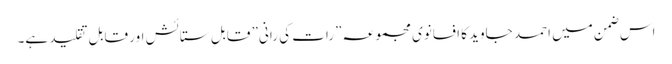
اس ضمن میں احمد جاوید کا افسانوی مجموعہ ”رات کی رانی” قابلِ ستائش اور قابلِ تقلید ہے۔